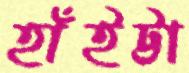
হাঁইট্টা